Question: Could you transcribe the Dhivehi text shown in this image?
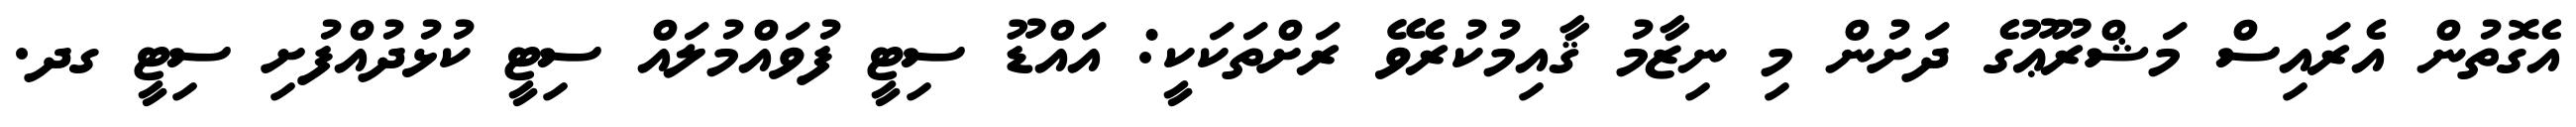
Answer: އެގޮތުން އެރައިސް މަޝްރޫޢޫގެ ދަށުން މި ނިޒާމު ޤާއިމުކުރެވޭ ރަށްތަކަކީ: އައްޑޫ ސިޓީ ފުވައްމުލައް ސިޓީ ކުޅުދުއްފުށި ސިޓީ ގދ.